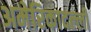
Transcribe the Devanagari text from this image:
अमेरिकादल्ली